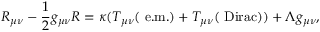
{ \cal R } _ { \mu \nu } - \frac { 1 } { 2 } g _ { \mu \nu } { \cal R } = \kappa ( T _ { \mu \nu } ( \mathrm { \small ~ e . m . } ) + T _ { \mu \nu } ( \mathrm { \small ~ D i r a c } ) ) + \Lambda g _ { \mu \nu } ,